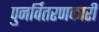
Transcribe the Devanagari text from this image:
पुनर्वितरणकारी